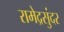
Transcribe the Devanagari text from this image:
रामेद्रसुंदर